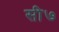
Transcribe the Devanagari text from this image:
सी७